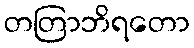
တတြာဘိရတော